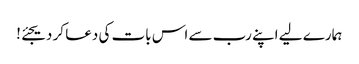
ہمارے لیے اپنے رب سے اس بات کی دعا کر دیجئے!